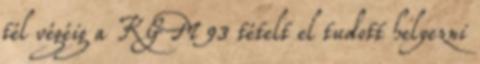
tél végéig a KGM 93 tételt el tudott helyezni